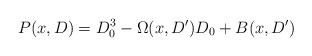
LaTeX: \begin{align*} P(x,D) = D_{0}^{3} - \Omega(x,D') D_{0} + B(x,D')\end{align*}